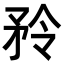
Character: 矝